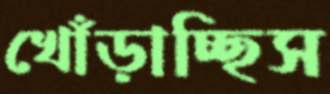
খোঁড়াচ্ছিস